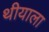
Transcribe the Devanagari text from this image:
थीयाला